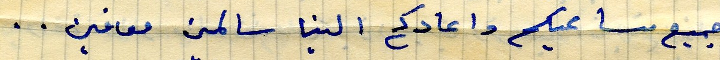
جميع مساعيكم واعادكم الينا سالمين معافين...